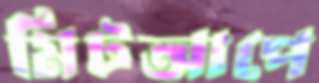
মিটআপে